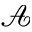
\mathcal { A }